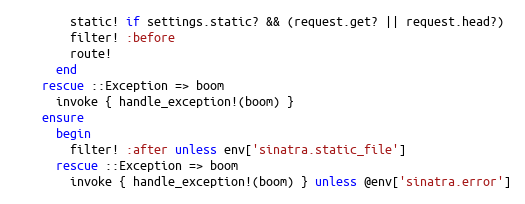
Language: Ruby
        static! if settings.static? && (request.get? || request.head?)
        filter! :before
        route!
      end
    rescue ::Exception => boom
      invoke { handle_exception!(boom) }
    ensure
      begin
        filter! :after unless env['sinatra.static_file']
      rescue ::Exception => boom
        invoke { handle_exception!(boom) } unless @env['sinatra.error']